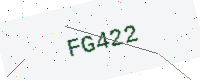
Text: FG422